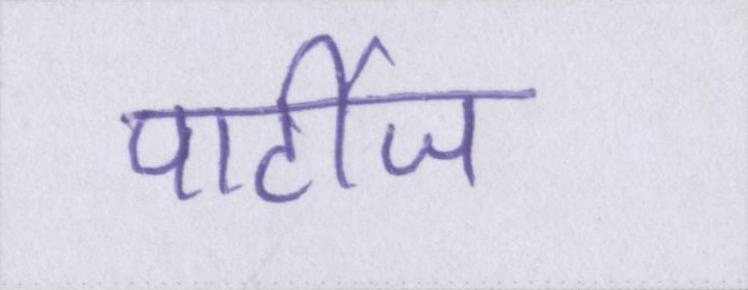
पार्टीज